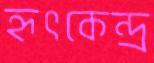
হৃৎকেন্দ্র